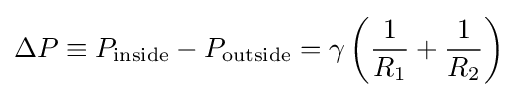
\Delta P\equiv P_{\text{inside}}-P_{\text{outside}}=\gamma \left({\frac {1}{R_{1}}}+{\frac {1}{R_{2}}}\right)